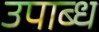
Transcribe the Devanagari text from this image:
उपाब्ध